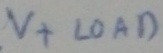
Text: V+ LOAD